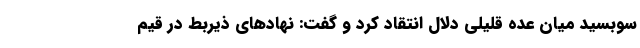
سوبسید میان عده قلیلی دلال انتقاد کرد و گفت: نهادهای ذیربط در قیم